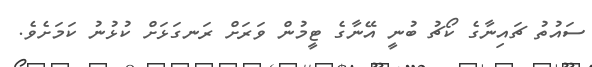
ސައުތު ޗައިނާގެ ކޯޗު ބުނީ އޭނާގެ ޓީމުން ވަރަށް ރަނގަޅަށް ކުޅުނު ކަމަށެވެ.